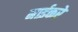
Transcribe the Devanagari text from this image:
नाईकरे